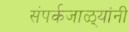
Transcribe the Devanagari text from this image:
संपर्कजाळ्यांनी